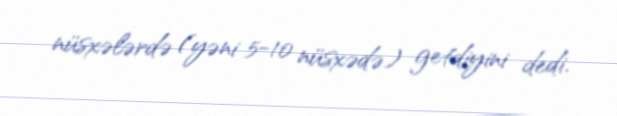
nüsxələrdə (yəni 5-10 nüsxədə) getdiyini dedi.